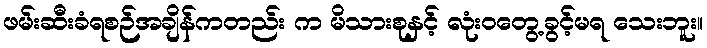
ဖမ်းဆီးခံရစဉ်အချိန်ကတည်း က မိသားစုနှင့် လုံးဝတွေ့ခွင့်မရ သေးဘူး။